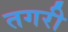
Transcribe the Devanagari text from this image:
तगरी